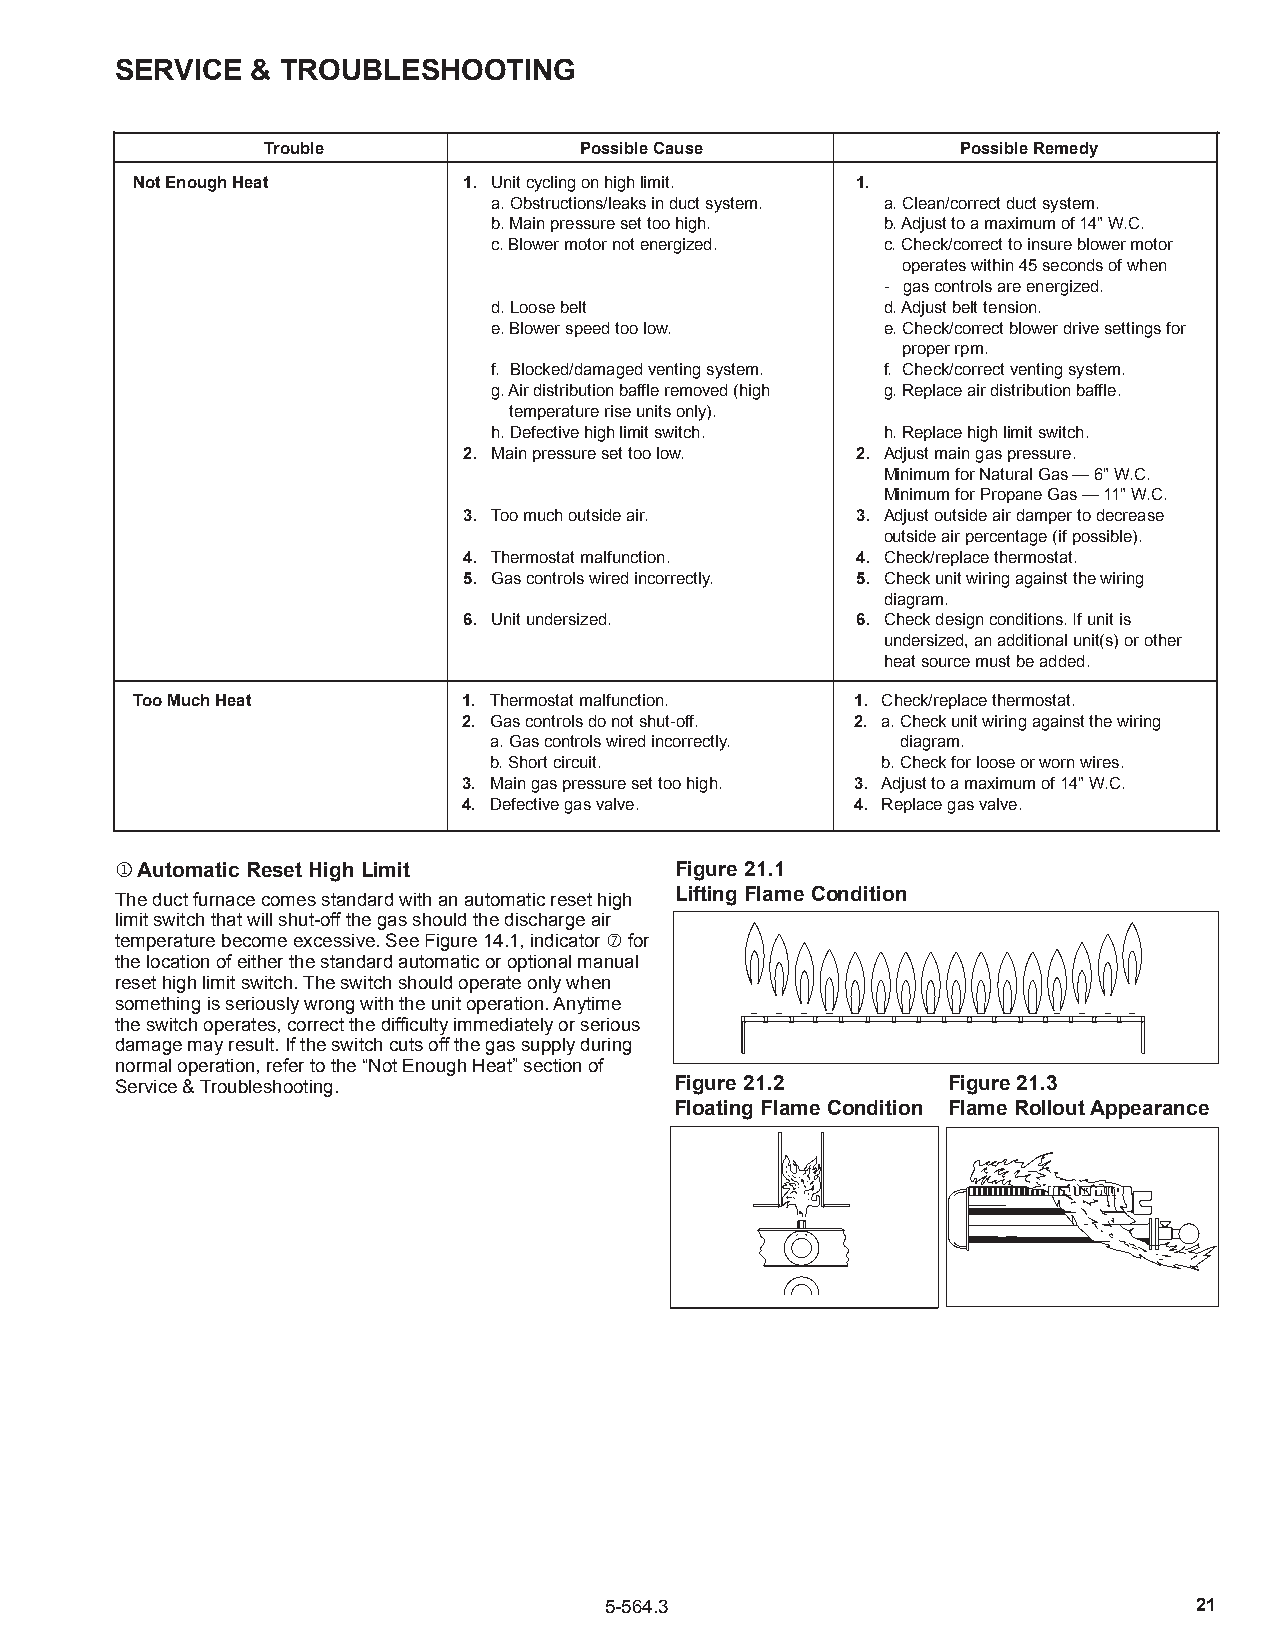
service  & TroublesHooTiNG
 Trouble              Possible cause            Possible remedy
 Not enough Heat       1. Unit cycling on high limit. 1.
 a. Obstructions/leaks in duct system. a. Clean/correct duct system.
 b. Main pressure set too high. b. Adjust to a maximum of 14" W.C.
 c. Blower motor not energized. c. Check/correct to insure blower motor
 operates within 45 seconds of when
 - gas controls are energized.
 d. Loose belt            d. Adjust belt tension.
 e. Blower speed too low. e. Check/correct blower drive settings for
 proper rpm.
 f. Blocked/damaged venting system. f. Check/correct venting system.
 g. Air distribution baffle removed (high g. Replace air distribution baffle.
 temperature rise units only).
 h. Defective high limit switch. h. Replace high limit switch.
 2. Main pressure set too low. 2. Adjust main gas pressure.
 Minimum for Natural Gas — 6" W.C.
 Minimum for Propane Gas — 11" W.C.
 3. Too much outside air.  3. Adjust outside air damper to decrease
 outside air percentage (if possible).
 4. Thermostat malfunction. 4. Check/replace thermostat.
 5. Gas controls wired incorrectly. 5. Check unit wiring against the wiring
 diagram.
 6. Unit undersized.       6. Check design conditions. If unit is
 undersized, an additional unit(s) or other
 heat source must be added.
 Too much Heat         1. Thermostat malfunction. 1. Check/replace thermostat.
 2. Gas controls do not shut-off. 2. a. Check unit wiring against the wiring
 a. Gas controls wired incorrectly. diagram.
 b. Short circuit.         b. Check for loose or worn wires.
 3. Main gas pressure set too high. 3. Adjust to a maximum of 14" W.C.
 4. Defective gas valve.   4. Replace gas valve.
 j Automatic reset High limit         Figure 21.1
 The duct furnace comes standard with an automatic reset high lifting Flame condition
 limit switch that will shut-off the gas should the discharge air
 temperature become excessive. See Figure 14.1, indicator p for
 the location of either the standard automatic or optional manual
 reset high limit switch. The switch should operate only when
 something is seriously wrong with the unit operation. Anytime
 the switch operates, correct the difficulty immediately or serious
 damage may result. If the switch cuts off the gas supply during
 normal operation, refer to the “Not Enough Heat” section of
 Service & Troubleshooting.           Figure 21.2       Figure 21.3
 Floating Flame condition Flame rollout Appearance
 5-564.3                                21